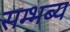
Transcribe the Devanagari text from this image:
सम्भब्य